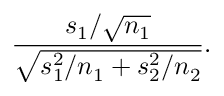
{ \frac { s _ { 1 } / { \sqrt { n _ { 1 } } } } { \sqrt { s _ { 1 } ^ { 2 } / n _ { 1 } + s _ { 2 } ^ { 2 } / n _ { 2 } } } } .